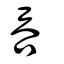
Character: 吞